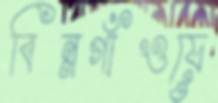
বিন্নগাঁওয়ে